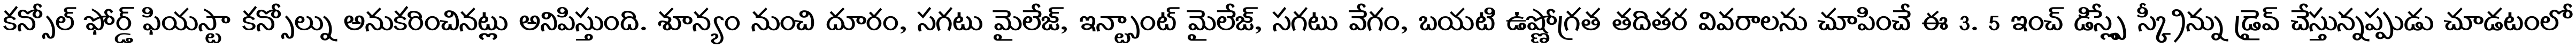
కన్సోల్ ఫోర్డ్ ఫియస్టా కన్సోల్ను అనుకరించినట్లు అనిపిస్తుంది. శూన్యం నుంచి దూరం, సగటు మైలేజ్, ఇన్స్టాంట్ మైలేజ్, సగటు వేగం, బయటి ఉష్ణోగ్రత తదితర వివరాలను చూపించే ఈ 3. 5 ఇంచ్ డిస్ప్లే స్క్రీన్ను డ్రైవ్ చేస్తున్నప్పుడు చూడటంలో